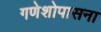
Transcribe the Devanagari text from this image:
गणेशोपासना